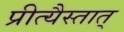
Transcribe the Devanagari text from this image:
प्रीत्यैस्तात्